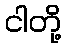
ငါတို့